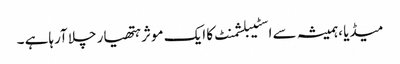
میڈیا ،ہمیشہ سے اسٹیبلشمنٹ کا ایک موثر ہتھیار چلا آرہاہے ۔